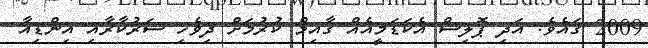
2009 ގައެވެ. އަދި ޕޮލިސް އެކަޑަމީއެއް ގާއިމް ކުރުމަށް ދިވެހި ސަރުކާރާއި އިންޑިއާ